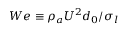
W e \equiv \rho _ { a } U ^ { 2 } d _ { 0 } / \sigma _ { l }